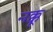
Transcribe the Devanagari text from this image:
नक्कू